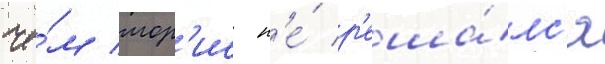
че́м мор'ис н'е́ р'еша́лс'я